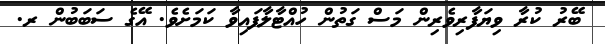
ބޭރު ކުރާ ވިޔަފާރިވެރިން މަސް ގަތުން ހުއްޓާލާފައިވާ ކަމަށެވެ. އޭގެ ސަބަބުން ރ.